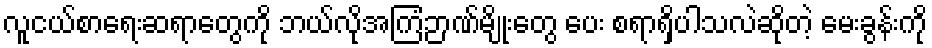
လူငယ်စာရေးဆရာတွေကို ဘယ်လိုအကြံဉာဏ်မျိုးတွေ ပေး စရာရှိပါသလဲဆိုတဲ့ မေးခွန်းကို